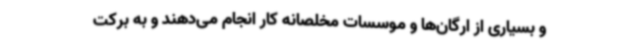
و بسیاری از ارگان‌ها و موسسات مخلصانه کار انجام می‌دهند و به برکت